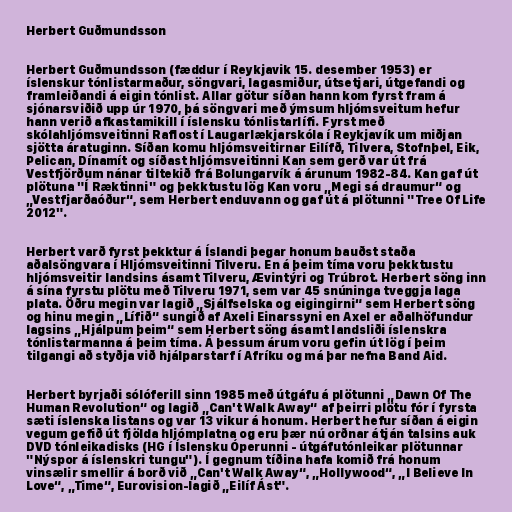
Herbert Guðmundsson

Herbert Guðmundsson (fæddur í Reykjavik 15. desember 1953) er
íslenskur tónlistarmaður, söngvari, lagasmiður, útsetjari, útgefandi og
framleiðandi á eigin tónlist. Allar götur síðan hann kom fyrst fram á
sjónarsviðið upp úr 1970, þá söngvari með ýmsum hljómsveitum hefur
hann verið afkastamikill í íslensku tónlistarlífi. Fyrst með
skólahljómsveitinni Raflost í Laugarlækjarskóla í Reykjavík um miðjan
sjötta áratuginn. Síðan komu hljómsveitirnar Eilífð, Tilvera, Stofnþel, Eik,
Pelican, Dínamít og síðast hljómsveitinni Kan sem gerð var út frá
Vestfjörðum nánar tiltekið frá Bolungarvík á árunum 1982-84. Kan gaf út
plötuna "Í Ræktinni" og þekktustu lög Kan voru „Megi sá draumur“ og
„Vestfjarðaóður“, sem Herbert enduvann og gaf út á plötunni "Tree Of Life
2012".

Herbert varð fyrst þekktur á Íslandi þegar honum bauðst staða
aðalsöngvara í Hljómsveitinni Tilveru. En á þeim tíma voru þekktustu
hljómsveitir landsins ásamt Tilveru, Ævintýri og Trúbrot. Herbert söng inn
á sína fyrstu plötu með Tilveru 1971, sem var 45 snúninga tveggja laga
plata. Öðru megin var lagið „Sjálfselska og eigingirni“ sem Herbert söng
og hinu megin „Lífið“ sungið af Axeli Einarssyni en Axel er aðalhöfundur
lagsins „Hjálpum þeim“ sem Herbert söng ásamt landsliði íslenskra
tónlistarmanna á þeim tíma. Á þessum árum voru gefin út lög í þeim
tilgangi að styðja við hjálparstarf í Afríku og má þar nefna Band Aid.

Herbert byrjaði sólóferill sinn 1985 með útgáfu á plötunni „Dawn Of The
Human Revolution“ og lagið „Can't Walk Away“ af þeirri plötu fór í fyrsta
sæti íslenska listans og var 13 vikur á honum. Herbert hefur síðan á eigin
vegum gefið út fjölda hljómplatna og eru þær nú orðnar átján talsins auk
DVD tónleikadisks (HG í Íslensku Óperunni - útgáfutónleikar plötunnar
"Nýspor á íslenskri tungu"). Í gegnum tíðina hafa komið frá honum
vinsælir smellir á borð við „Can't Walk Away“, „Hollywood“, „I Believe In
Love“, „Time“, Eurovision-lagið „Eilíf Ást".